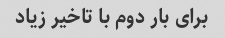
برای بار دوم با‌ تاخیر زیاد